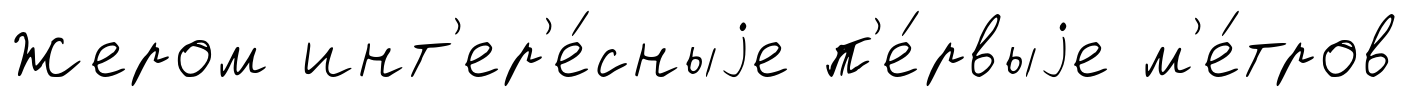
Жером инт'ер'е́сныjе п'е́рвыjе м'е́тров